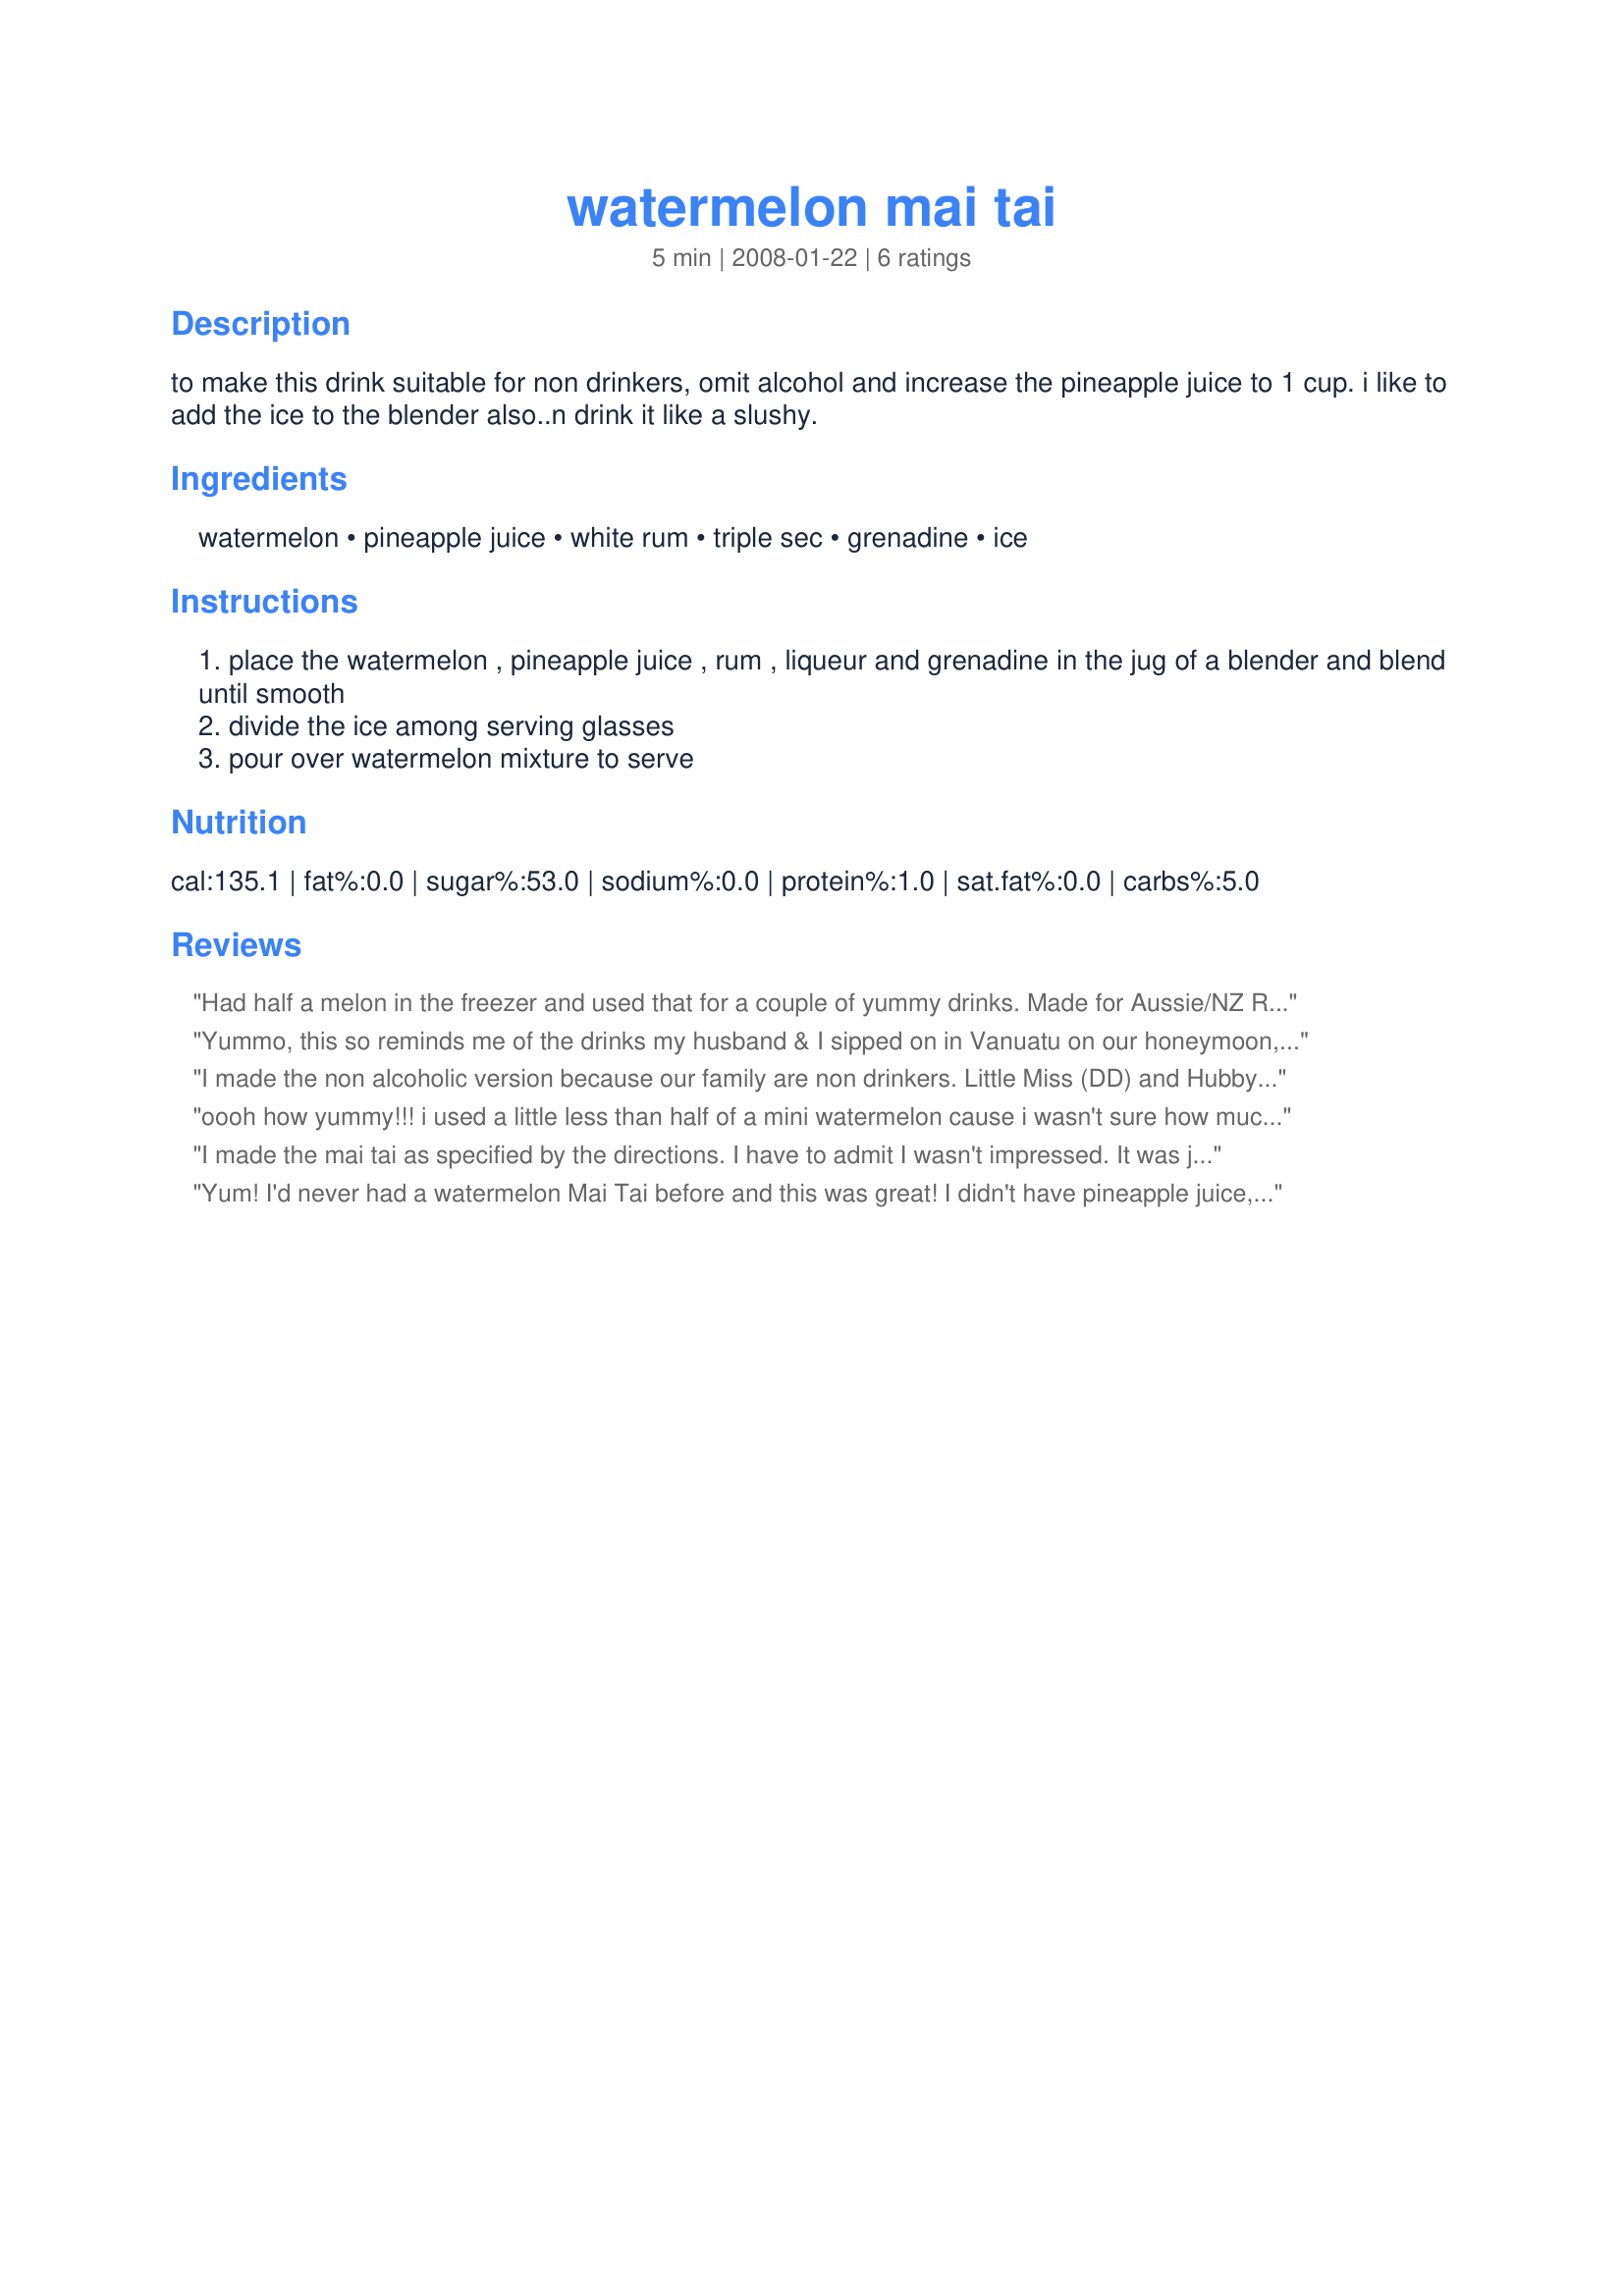
watermelon mai tai
Preparation time: 5 minutes

to make this drink suitable for non drinkers, omit alcohol and increase the pineapple juice to 1 cup.
i like to add the ice to the blender also..n drink it like a slushy.

Ingredients:
watermelon, pineapple juice, white rum, triple sec, grenadine, ice

Steps:
place the watermelon , pineapple juice , rum , liqueur and grenadine in the jug of a blender and blend until smooth
divide the ice among serving glasses
pour over watermelon mixture to serve

Reviews:
Had half a melon in the freezer and used that for a couple of yummy drinks. Made for Aussie/NZ RS#34.
Yummo, this so reminds me of the drinks my husband & I sipped on in Vanuatu on our honeymoon, much enjoyed, thanks for posting!
I made the non alcoholic version because our family are non drinkers. Little Miss (DD) and Hubby really enjoyed it, I sipped a little to sample it I can't consume watermelon because it doesn't digest properly). My family thought it was yummy and very refreshing, perfect for humid summer evening. Thank you Stardustannie.
oooh how yummy!!! i used a little less than half of a mini watermelon cause i wasn't sure how much 500 g was. also my pineapple juice was unfortunately older than i thought and had to use orange juice as a sub. but it was still a great drink! definately going to make these again in the summer! :)
I made the mai tai as specified by the directions. I have to admit I wasn't impressed. It was just too sweet and sticky, and it didn't hit the spot. Of course I am not particularly partial to sweet drinks, so maybe people who like sweet drinks would really enjoy this.
Yum! I'd never had a watermelon Mai Tai before and this was great! I didn't have pineapple juice, but had fresh pineapple, so I blended that in with the watermelon. it still came out delicious!
